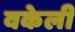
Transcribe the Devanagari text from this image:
वकेली